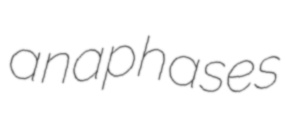
anaphases